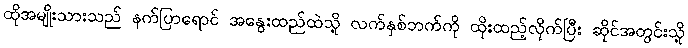
ထိုအမျိုးသားသည် နက်ပြာရောင် အနွေးထည်ထဲသို့ လက်နှစ်ဘက်ကို ထိုးထည့်လိုက်ပြီး ဆိုင်အတွင်းသို့